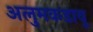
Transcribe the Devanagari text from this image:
अलुमकडावू